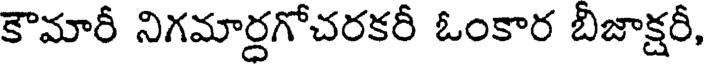
కౌమారీ నిగమార్తగోచరకరీ ఓంకార బిజాక్షరీ,